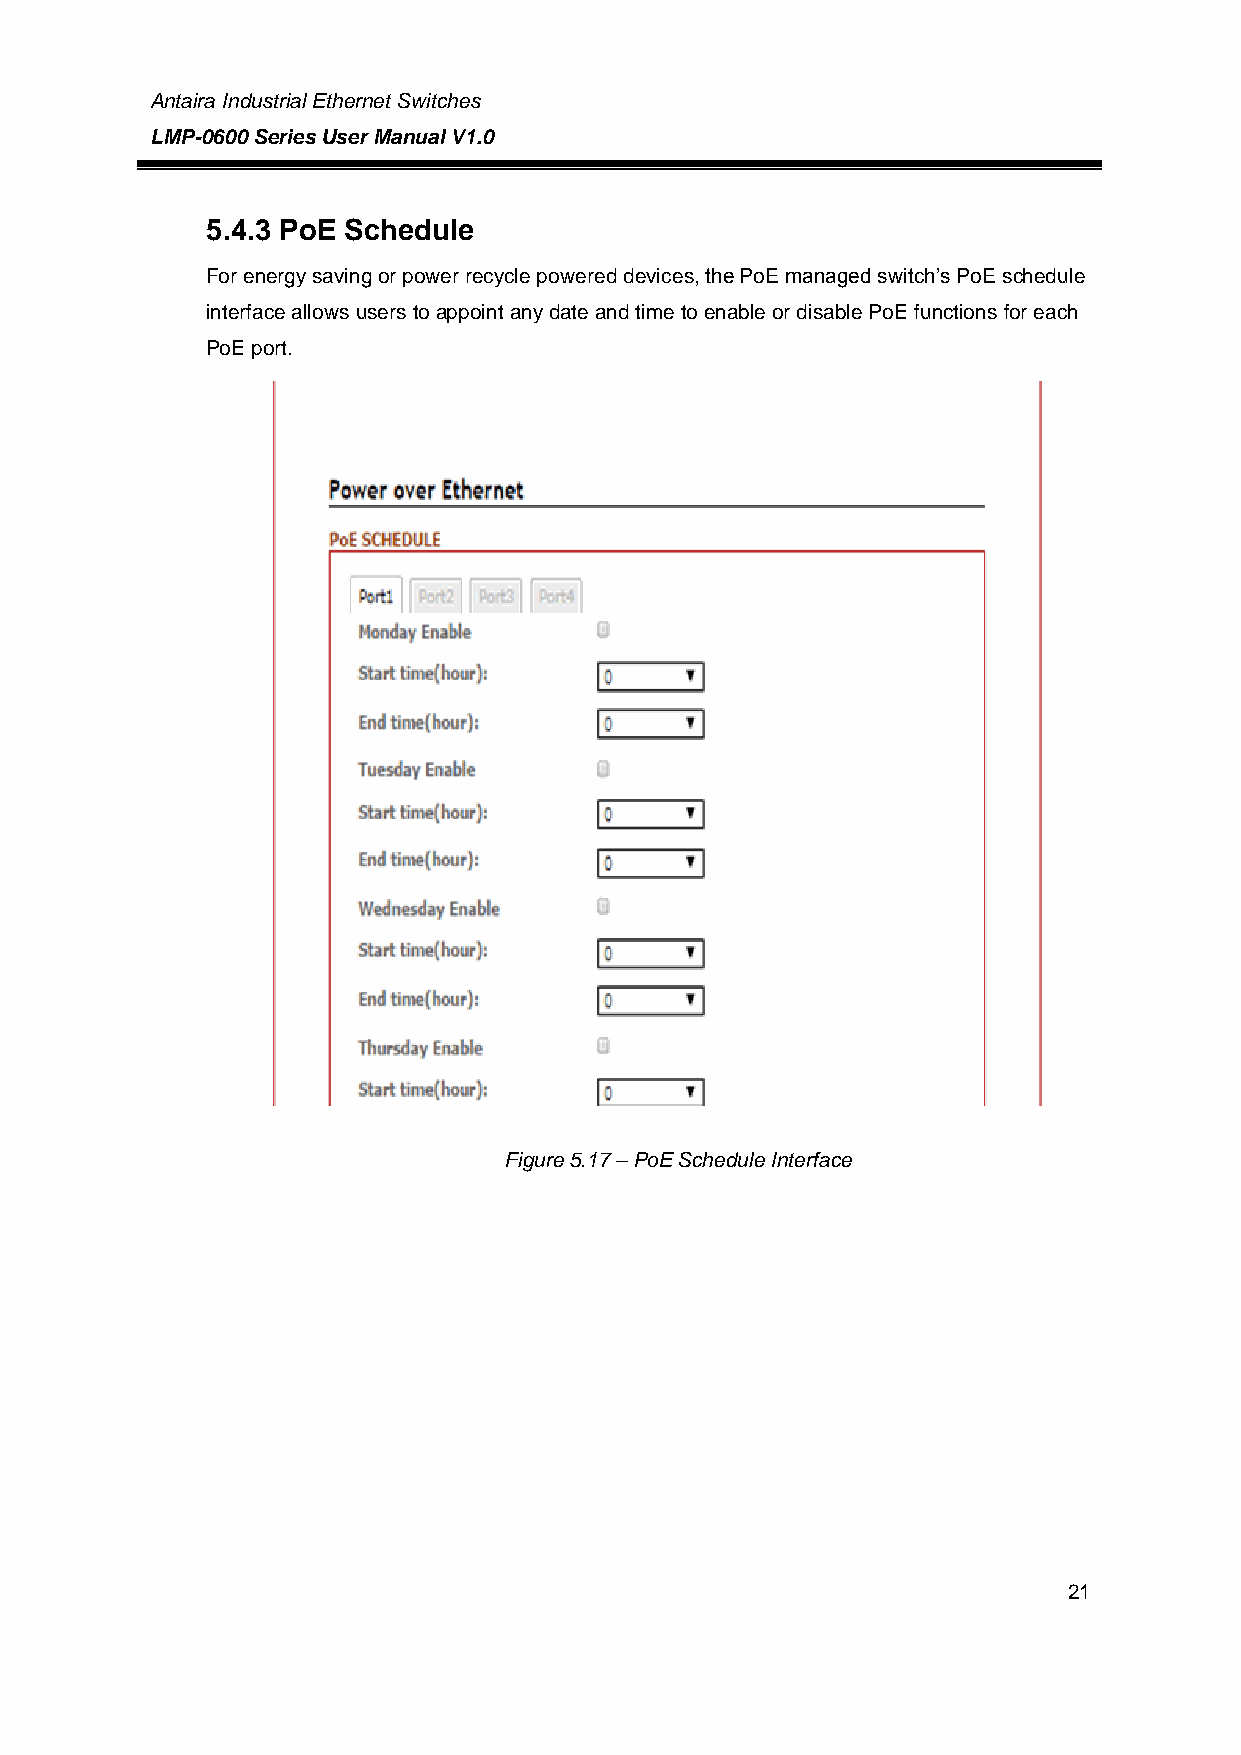
Antaira Industrial Ethernet Switches
 LMP-0600 Series User Manual V1.0
 5.4.3 PoE Schedule
 For energy saving or power recycle powered devices, the PoE managed switch’s PoE schedule
 interface allows users to appoint any date and time to enable or disable PoE functions for each
 PoE port.
 Figure 5.17 – PoE Schedule Interface
 21